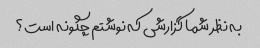
به نظر شما گزارشی که نوشتم چگونه است؟